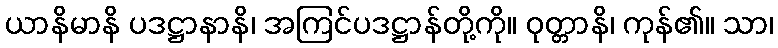
ယာနိမာနိ ပဒဋ္ဌာနာနိ၊ အကြင်ပဒဋ္ဌာန်တို့ကို။ ဝုတ္တာနိ၊ ကုန်၏။ သာ၊